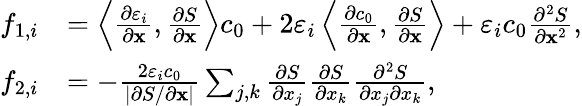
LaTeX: \begin{array}{rl}{f_{1,i}}&{=\left\langle\frac{\partial\varepsilon_{i}}{\partial\mathbf{x}},\frac{\partial S}{\partial\mathbf{x}}\right\rangle c_{0}+2\varepsilon_{i}\left\langle\frac{\partial c_{0}}{\partial\mathbf{x}},\frac{\partial S}{\partial\mathbf{x}}\right\rangle+\varepsilon_{i}c_{0}\frac{\partial^{2}S}{\partial\mathbf{x}^{2}},}\\ {f_{2,i}}&{=-\frac{2\varepsilon_{i}c_{0}}{|\partial S/\partial\mathbf{x}|}\sum_{j,k}\frac{\partial S}{\partial x_{j}}\frac{\partial S}{\partial x_{k}}\frac{\partial^{2}S}{\partial x_{j}\partial x_{k}},}\end{array}